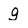
Character: g